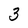
Character: 3